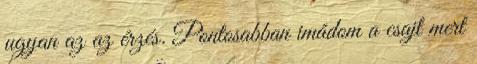
ugyan az az érzés. Pontosabban imádom a csajt mert